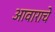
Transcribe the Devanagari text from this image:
आवाराचे